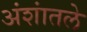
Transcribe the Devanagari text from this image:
अंशांतले